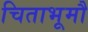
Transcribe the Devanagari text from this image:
चिताभूमौ